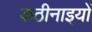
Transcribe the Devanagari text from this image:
कठीनाइयों